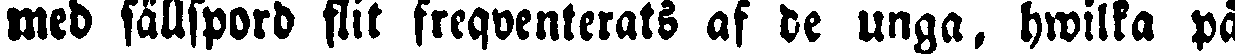
med sällspord flit freqventerats af de unga, hwilka på